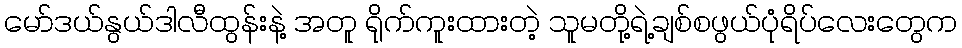
မော်ဒယ်နွယ်ဒါလီထွန်းနဲ့ အတူ ရိုက်ကူးထားတဲ့ သူမတို့ရဲ့ချစ်စဖွယ်ပုံရိပ်လေးတွေက